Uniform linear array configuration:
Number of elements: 24
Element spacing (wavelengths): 0.75
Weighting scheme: cosine
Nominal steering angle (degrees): -60
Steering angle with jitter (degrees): -61.587
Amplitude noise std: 0.05
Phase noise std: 0.05

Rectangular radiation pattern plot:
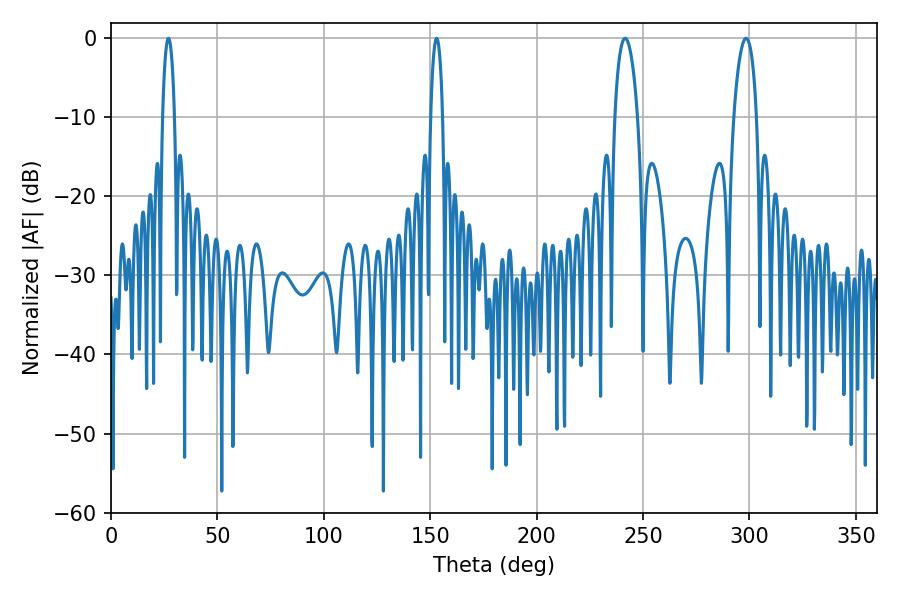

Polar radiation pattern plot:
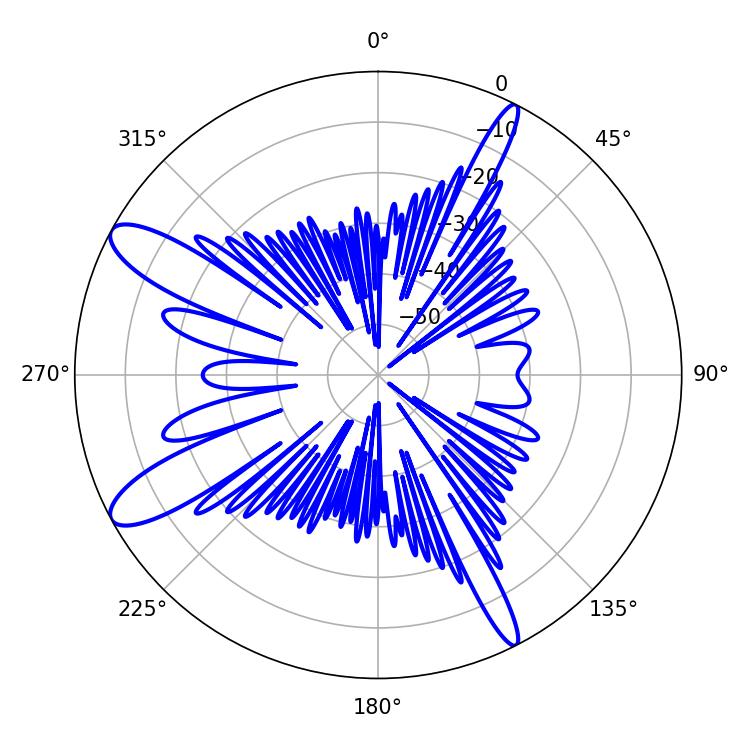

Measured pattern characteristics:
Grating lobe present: TRUE
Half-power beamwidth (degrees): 3.24
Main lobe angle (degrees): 27